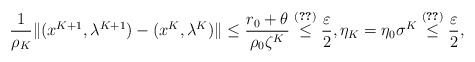
\begin{align*}\frac{1}{\rho_K}\|(x^{K+1},\lambda^{K+1})-(x^K,\lambda^K)\| \leq \frac{r_0+\theta}{\rho_0\zeta^K} \overset{\eqref{K}}{\leq} \frac{\varepsilon}{2}, \eta_K=\eta_0\sigma^K\overset{\eqref{K}}{\leq}\frac{\varepsilon}{2},\end{align*}